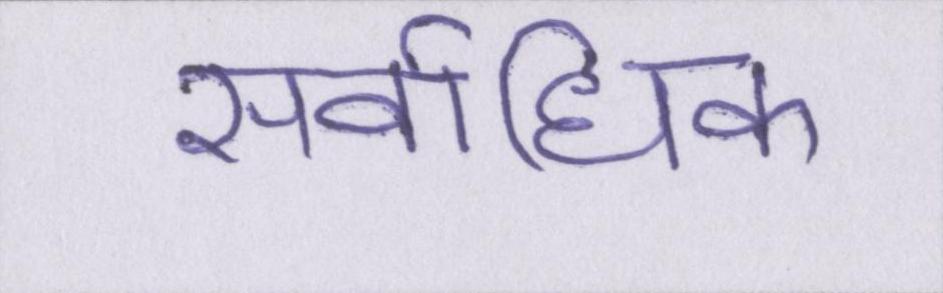
सर्वाधिक